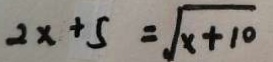
2 x + 5 = \sqrt { x + 1 0 }